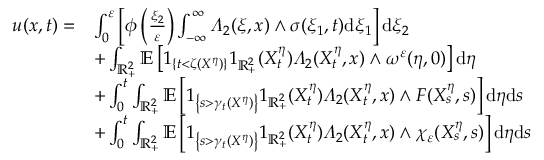
\begin{array} { r l } { u ( x , t ) = } & { \int _ { 0 } ^ { \varepsilon } \left[ \phi \left( \frac { \xi _ { 2 } } { \varepsilon } \right) \int _ { - \infty } ^ { \infty } \varLambda _ { 2 } ( \xi , x ) \wedge \sigma ( \xi _ { 1 } , t ) \mathrm { d } \xi _ { 1 } \right] \mathrm { d } \xi _ { 2 } } \\ & { + \int _ { \mathbb { R } _ { + } ^ { 2 } } \mathbb { E } \left[ 1 _ { \{ t < \zeta ( X ^ { \eta } ) \} } 1 _ { \mathbb { R } _ { + } ^ { 2 } } ( X _ { t } ^ { \eta } ) \varLambda _ { 2 } ( X _ { t } ^ { \eta } , x ) \wedge \omega ^ { \varepsilon } ( \eta , 0 ) \right] \mathrm { d } \eta } \\ & { + \int _ { 0 } ^ { t } \int _ { \mathbb { R } _ { + } ^ { 2 } } \mathbb { E } \left[ 1 _ { \left\{ s > \gamma _ { t } ( X ^ { \eta } ) \right\} } 1 _ { \mathbb { R } _ { + } ^ { 2 } } ( X _ { t } ^ { \eta } ) \varLambda _ { 2 } ( X _ { t } ^ { \eta } , x ) \wedge F ( X _ { s } ^ { \eta } , s ) \right] \mathrm { d } \eta \mathrm { d } s } \\ & { + \int _ { 0 } ^ { t } \int _ { \mathbb { R } _ { + } ^ { 2 } } \mathbb { E } \left[ 1 _ { \left\{ s > \gamma _ { t } ( X ^ { \eta } ) \right\} } 1 _ { \mathbb { R } _ { + } ^ { 2 } } ( X _ { t } ^ { \eta } ) \varLambda _ { 2 } ( X _ { t } ^ { \eta } , x ) \wedge \chi _ { \varepsilon } ( X _ { s } ^ { \eta } , s ) \right] \mathrm { d } \eta \mathrm { d } s } \end{array}